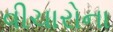
વીચારોના